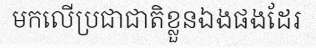
មកលើប្រជាជាតិខ្លួនឯងផងដែរ